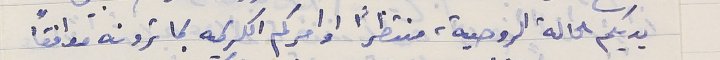
يديكم الحالة الروحية، منتظراً اوامركم الكريمه بما ترونه موافقاً